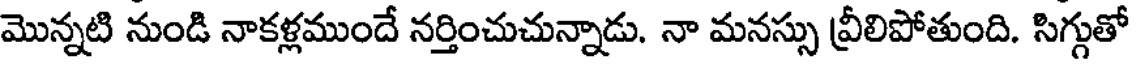
మొన్నటి నుండి నాకళ్లముందే నర్తించుచున్నాడు. నా మనస్సు వ్రీలిపోతుంది. సిగ్గుతో